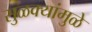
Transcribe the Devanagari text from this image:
सुळक्यांमुळे